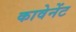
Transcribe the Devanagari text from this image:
कावेनेंट